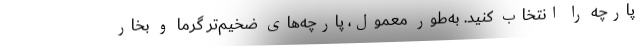
پارچه را انتخاب کنید. به‌طور معمول، پارچه‌های ضخیم‌تر گرما و بخار